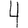
Digit: 4